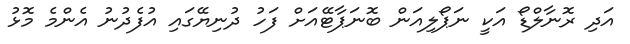
އަދި ރޮނާލްޑޯ އަކީ ނަޕޯލިއަން ބޮނަޕާޓޭއަށް ފަހު ދުނިޔޭގައި އުފެދުނު އެންމެ މޮޅު